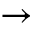
\rightarrow